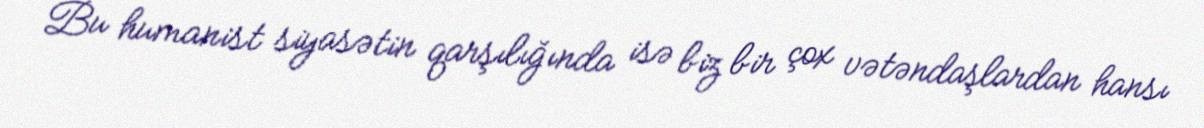
Bu humanist siyasətin qarşılığında isə biz bir çox vətəndaşlardan hansı